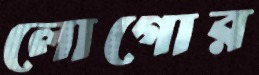
লোগোর